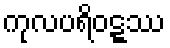
ကုလပရိဝဋ္ဋဿ